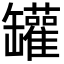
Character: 罐